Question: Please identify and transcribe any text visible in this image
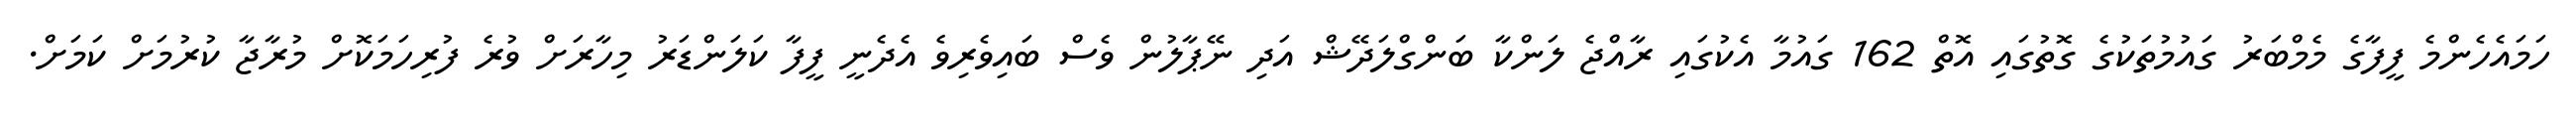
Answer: ހަމައެހެންމެ ފީފާގެ މެމްބަރު ގައުމުތަކުގެ ގޮތުގައި އޮތް 162 ގައުމާ އެކުގައި ރާއްޖެ ލަންކާ ބަންގްލަދޭޝް އަދި ނޭޕާލުން ވެސް ބައިވެރިވެ އެދެނީ ފީފާ ކަލަންޑަރު މިހާރަށް ވުރެ ފުރިހަމަކޮށް މުރާޖާ ކުރުމަށް ކަމަށް.